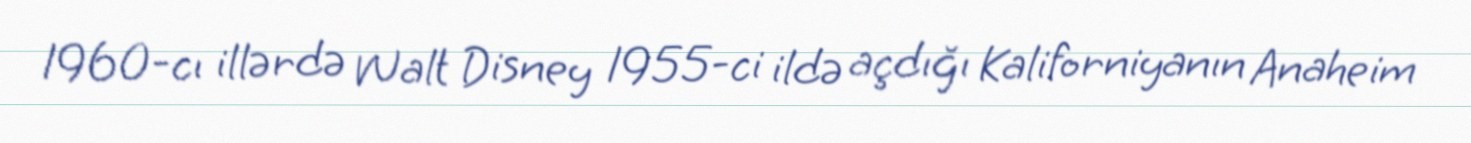
1960-cı illərdə Walt Disney 1955-ci ildə açdığı Kaliforniyanın Anaheim